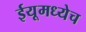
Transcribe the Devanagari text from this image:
ईयूमध्येच